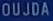
OUJDQ